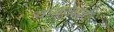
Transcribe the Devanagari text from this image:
वाक्केल्ली